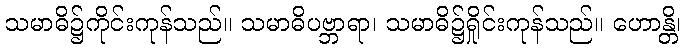
သမာဓိ၌ကိုင်းကုန်သည်။ သမာဓိပဗ္ဘာရာ၊ သမာဓိ၌ရှိုင်းကုန်သည်။ ဟောန္တိ၊